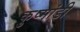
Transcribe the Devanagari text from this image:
कुष्मांडी